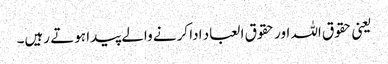
یعنی حقوق اللہ اور حقوق العباد ادا کرنے والے پیدا ہوتے رہیں۔